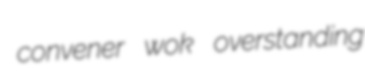
convener wok overstanding